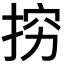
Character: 𭡅